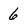
Character: 6